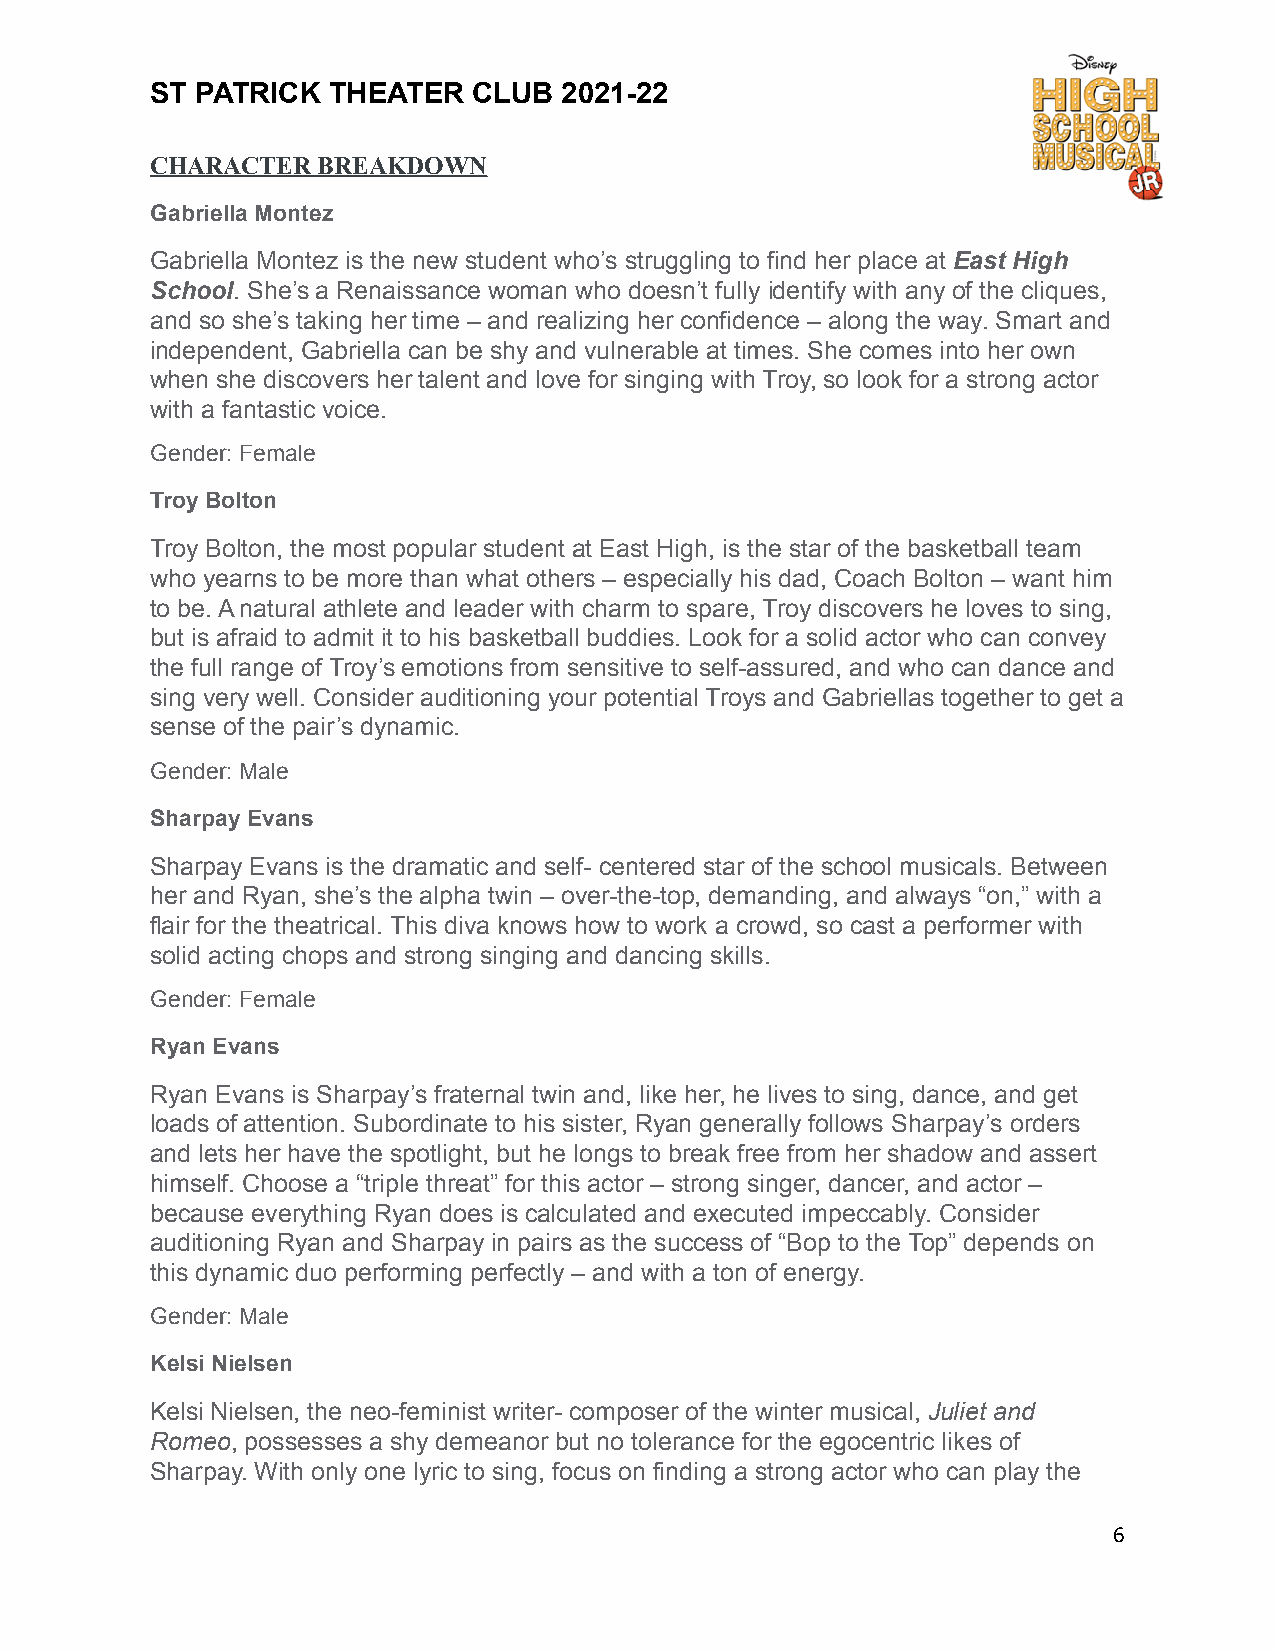
ST PATRICK  THEATER  CLUB  2021-22
 CHARACTER  BREAKDOWN
 Gabriella Montez
 Gabriella Montez is the new student who’s struggling to find her place at East High
 School. She’s a Renaissance woman who doesn’t fully identify with any of the cliques,
 and so she’s taking her time – and realizing her confidence – along the way. Smart and
 independent, Gabriella can be shy and vulnerable at times. She comes into her own
 when she discovers her talent and love for singing with Troy, so look for a strong actor
 with a fantastic voice.
 Gender: Female
 Troy Bolton
 Troy Bolton, the most popular student at East High, is the star of the basketball team
 who yearns to be more than what others – especially his dad, Coach Bolton – want him
 to be. A natural athlete and leader with charm to spare, Troy discovers he loves to sing,
 but is afraid to admit it to his basketball buddies. Look for a solid actor who can convey
 the full range of Troy’s emotions from sensitive to self-assured, and who can dance and
 sing very well. Consider auditioning your potential Troys and Gabriellas together to get a
 sense of the pair’s dynamic.
 Gender: Male
 Sharpay Evans
 Sharpay Evans is the dramatic and self- centered star of the school musicals. Between
 her and Ryan, she’s the alpha twin – over-the-top, demanding, and always “on,” with a
 flair for the theatrical. This diva knows how to work a crowd, so cast a performer with
 solid acting chops and strong singing and dancing skills.
 Gender: Female
 Ryan Evans
 Ryan Evans is Sharpay’s fraternal twin and, like her, he lives to sing, dance, and get
 loads of attention. Subordinate to his sister, Ryan generally follows Sharpay’s orders
 and lets her have the spotlight, but he longs to break free from her shadow and assert
 himself. Choose a “triple threat” for this actor – strong singer, dancer, and actor –
 because everything Ryan does is calculated and executed impeccably. Consider
 auditioning Ryan and Sharpay in pairs as the success of “Bop to the Top” depends on
 this dynamic duo performing perfectly – and with a ton of energy.
 Gender: Male
 Kelsi Nielsen
 Kelsi Nielsen, the neo-feminist writer- composer of the winter musical, Juliet and
 Romeo, possesses a shy demeanor but no tolerance for the egocentric likes of
 Sharpay. With only one lyric to sing, focus on finding a strong actor who can play the
 6